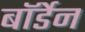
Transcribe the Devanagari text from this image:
बॉर्डेन